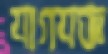
যাগযজ্ঞ